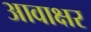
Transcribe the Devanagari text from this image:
आवाक्षर